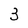
Character: 3